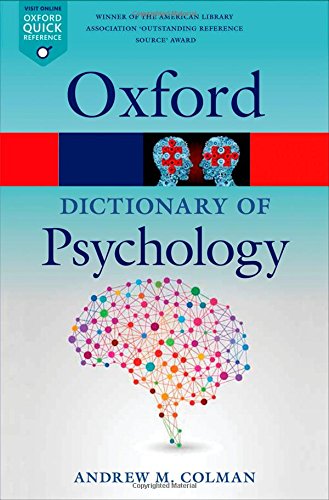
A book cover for A Dictionary of Psychology (Oxford Quick Reference); Andrew M. Colman; Medical Books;